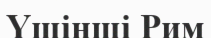
Үшінші Рим